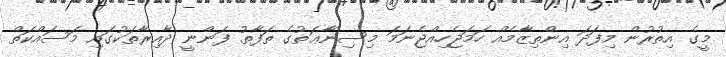
މީގެ އިތުރުން މިފަދަ އިންތިޒާމެއް ހަމަޖެހިއްޖެނަމަ މިސިނާޢަތުގެ ތަފާތު ފަންނީ ދާއިރާތަކުގައި މަސައްކަތް